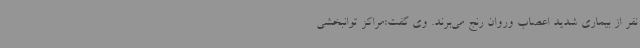
نفر از بیماری شدید اعصاب وروان رنج می‌برند. وی گفت:مراکز توانبخشی